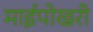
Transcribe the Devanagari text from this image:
माईपोखरी